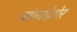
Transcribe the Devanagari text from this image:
बांलादेशेर